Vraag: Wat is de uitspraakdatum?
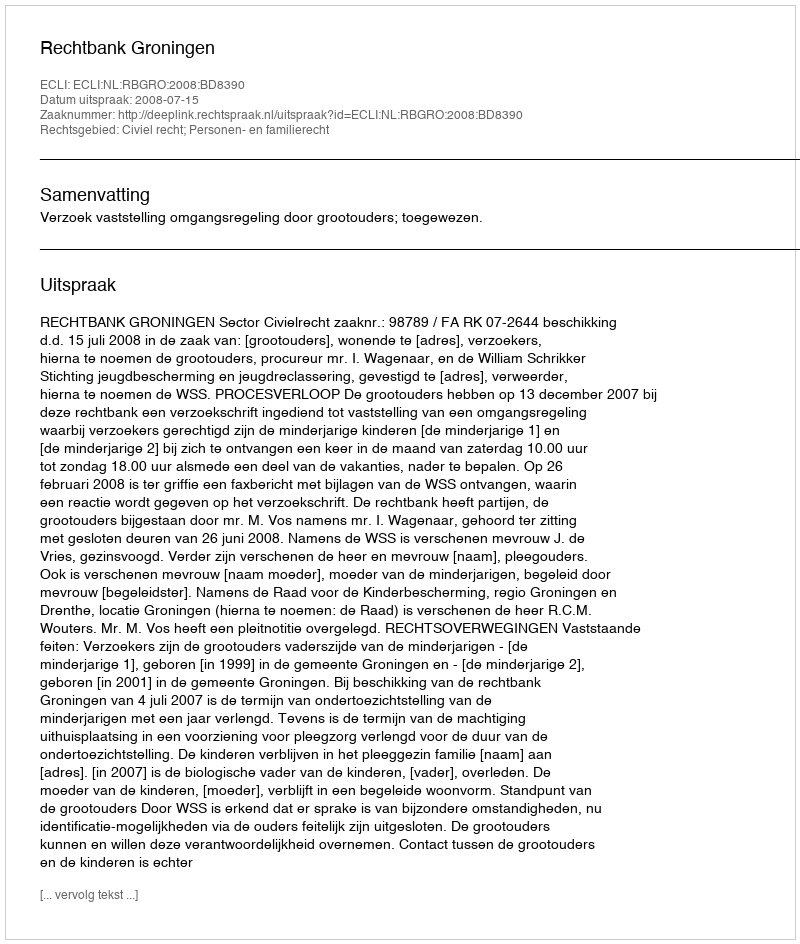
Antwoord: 2008-07-15